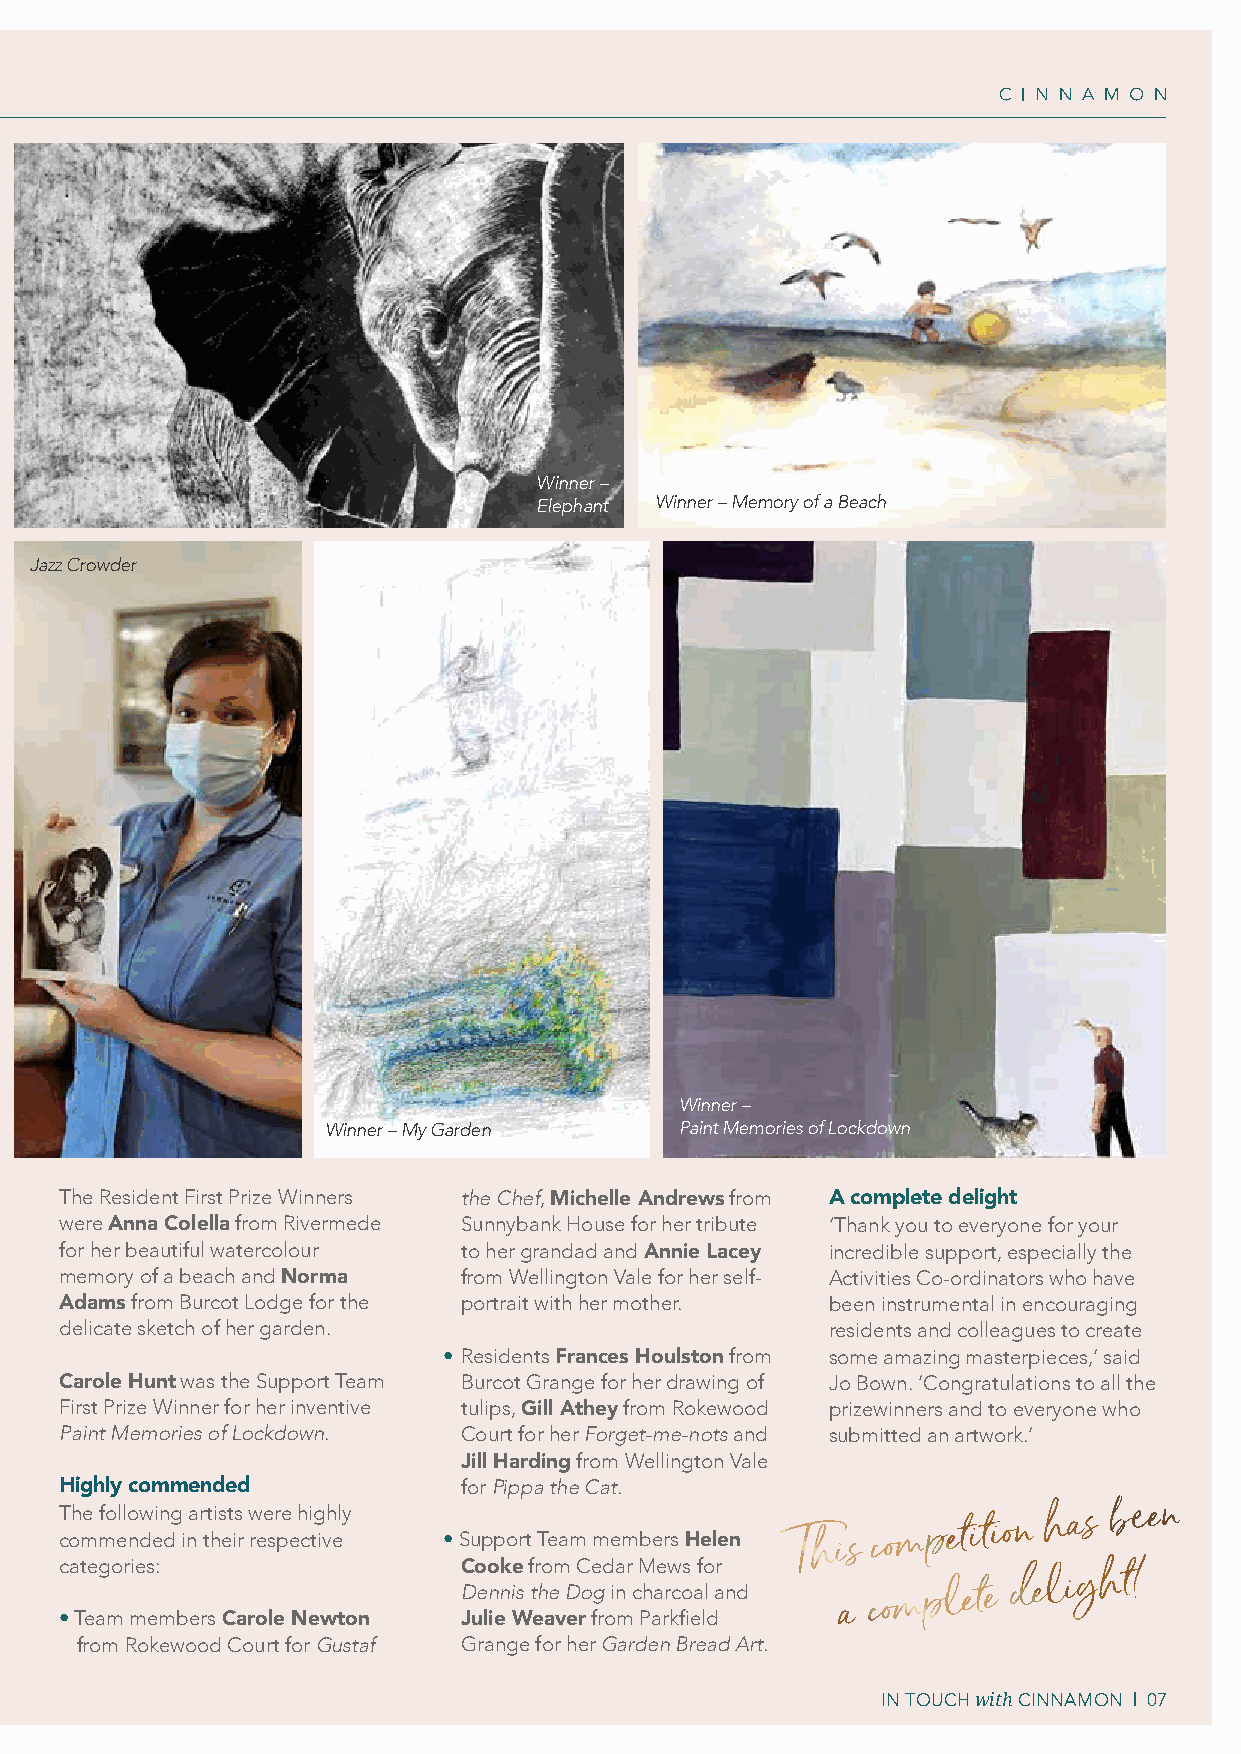
Winner –
 Elephant Winner – Memory of a Beach
 Jazz Crowder
 Winner –
 Winner – My Garden     Paint Memories of Lockdown
 The Resident First Prize Winners the Chef, Michelle Andrews from A complete delight
 were Anna Colella from Rivermede Sunnybank House for her tribute ‘Thank you to everyone for your
 for her beautiful watercolour to her grandad and Annie Lacey incredible support, especially the
 memory of a beach and Norma from Wellington Vale for her self- Activities Co-ordinators who have
 Adams from Burcot Lodge for the portrait with her mother. been instrumental in encouraging
 delicate sketch of her garden.                     residents and colleagues to create
 • Residents Frances Houlston from some amazing masterpieces,’ said
 Carole Hunt was the Support Team Burcot Grange for her drawing of Jo Bown. ’Congratulations to all the
 First Prize Winner for her inventive tulips, Gill Athey from Rokewood prizewinners and to everyone who
 Paint Memories of Lockdown. Court for her Forget-me-nots and submitted an artwork.’
 Jill Harding from Wellington Vale
 Highly commended          for Pippa the Cat.
 T coh me mfo ello ndw ein dg
 i
 na r tt his et is
 r
 w ree sr pe
 e
 h ci tg ivh ely
 • Support Team members Helen This
 competition
 has
 been
 categories:               Cooke from Cedar Mews for
 Dennis the Dog in charcoal and
 a
 complete
 delight!
 • Team members Carole Newton Julie Weaver from Parkfield
 from Rokewood Court for Gustaf Grange for her Garden Bread Art.
 IN TOUCH with CINNAMON | 07